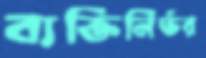
ব্যক্তিনির্ভর